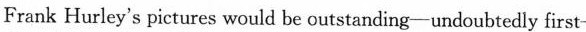
Frank Hurley's pictures would be outstanding-undoubtedly first-